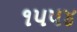
૧પપ૪